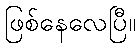
ဖြစ်နေလေပြီ။